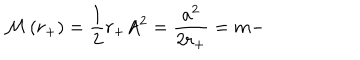
LaTeX: { \cal M } \left( r _ { + } \right) = \frac { 1 } { 2 } r _ { + } A ^ { 2 } = \frac { a ^ { 2 } } { 2 r _ { + } } = m -